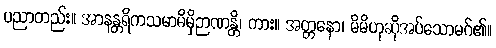
ပညာတည်း။ အာနန္တရိကသမာဓိမှိဉာဏန္တိ၊ ကား။ အတ္တနော၊ မိမိဟုဆိုအပ်သောမဂ်၏။